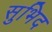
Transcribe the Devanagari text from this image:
सुभिद